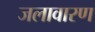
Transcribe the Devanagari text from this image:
जलावारण